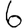
Digit: 6